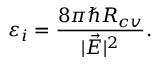
\varepsilon _ { i } = \frac { 8 \pi \hbar R _ { c v } } { | \vec { E } | ^ { 2 } } . \